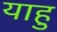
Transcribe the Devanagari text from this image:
याहु